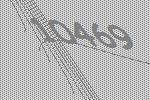
10469